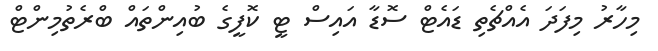
މިހާރު މިފަދަ އެއްޗެތި ޑައެޓް ސޮޑާ އައިސް ޓީ ކޮފީގެ ބުއިންތައް ބްރެތުމިންޓް